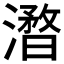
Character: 𣿥